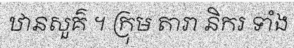
ឋានសួគ៌ ។ ក្រុម តារា និករ ទាំង